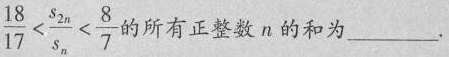
$$\frac{18}{17}< \frac{s_{2n}}{s_{n}}< \frac{8}{7}$$ 的所有正整数n的和为___.